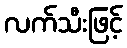
လက်သီးဖြင့်